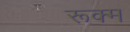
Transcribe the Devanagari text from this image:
रूक्म